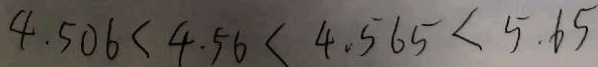
4 . 5 0 6 < 4 . 5 6 < 4 . 5 6 5 < 5 . 6 5